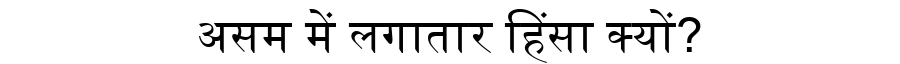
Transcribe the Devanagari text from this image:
असम में लगातार हिंसा क्यों?